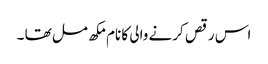
اس رقص کرنے والی کا نام مکھ مل تھا ۔